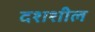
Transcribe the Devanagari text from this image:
दशशील